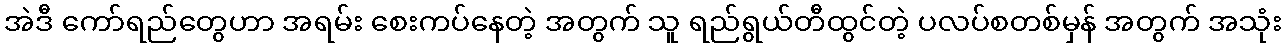
အဲဒီ ကော်ရည်တွေဟာ အရမ်း စေးကပ်နေတဲ့ အတွက် သူ ရည်ရွယ်တီထွင်တဲ့ ပလပ်စတစ်မှန် အတွက် အသုံး